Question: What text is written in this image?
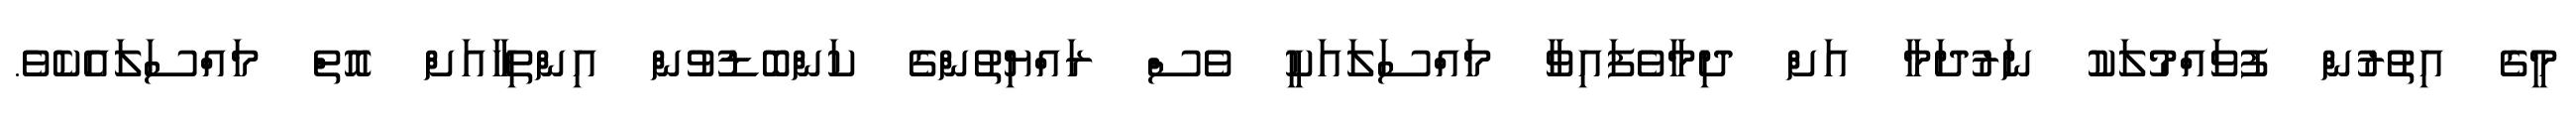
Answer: މީގެ އިތުރުން ފުވައްމުލަކު ނަރުދަމާ އަށް ދިމާވެފައިވާ މައްސަލައަކީ ވެސް ރައްޔިތުންގެ ކަންބޮޑުވުން އިންތިހާއަށް އޮތް މައްސަލައެކެވެ.